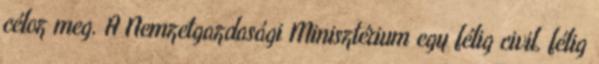
céloz meg. A Nemzetgazdasági Minisztérium egy félig civil, félig